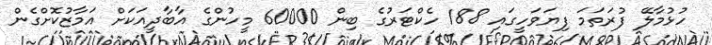
ހުޅުމާލޭ ފުރަތަމަ ފިޔަވަހީގައި 188 ހެކްޓަރުގެ ބިން 60000 މީހުންގެ އާބާދީއަކަށް އަމާޒުކޮށްގެން